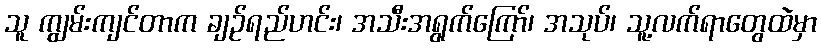
သူ ကျွမ်းကျင်တာက ချဉ်ရည်ဟင်း၊ အသီးအရွက်ကြော်၊ အသုပ်၊ သူ့လက်ရာတွေထဲမှာ